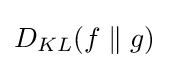
D_{KL}(f\parallel g)